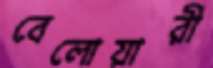
বেলোয়ারী